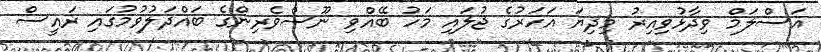
އަސްލަމް ވިދާޅުވިއިރު މިދިޔަ އަހަރުގެ ޖުލައި މަހު ބޭއްވި ނޫސްވެރިންގެ ބައްދަލުވުމުގައި ރައީސް